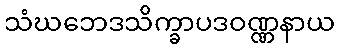
သံဃဘေဒသိက္ခာပဒဝဏ္ဏနာယ